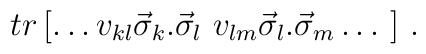
tr\left[ \ldots v_{kl}\vec{\sigma}_{k}.\vec{\sigma }_{l}~v_{lm}\vec{\sigma}_{l}.\vec{\sigma } _{m}\ldots \ \right]\, .